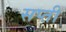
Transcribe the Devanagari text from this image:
सप्ती